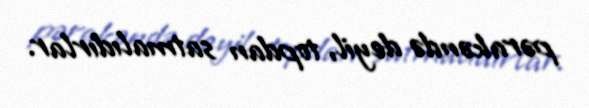
pərakəndə deyil, topdan satmalıdırlar.